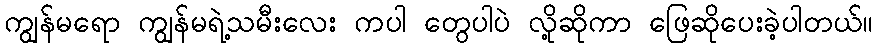
ကျွန်မရော ကျွန်မရဲ့သမီးလေး ကပါ တွေပါပဲ လို့ဆိုကာ ဖြေဆိုပေးခဲ့ပါတယ်။